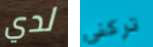
لدي تركني